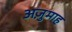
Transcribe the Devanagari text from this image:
अज़ुमाह